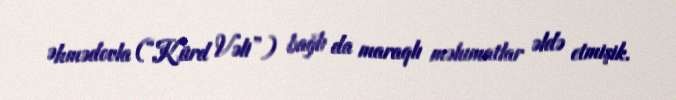
Əhmədovla (“Kürd Vəli”) bağlı da maraqlı məlumatlar əldə etmişik.